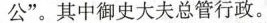
公”。其中御史大夫总管行政。